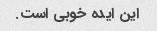
این ایده خوبی است.